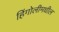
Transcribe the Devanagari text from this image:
हिंगोलीमधील